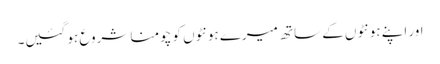
اور اپنے ہونٹوں کے ساتھ میرے ہونٹوں کو چومنا شروع ہو گئیں۔